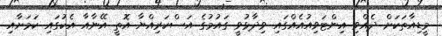
މީޑިއާތަކަށް ދެއްވި އިންޓަވިއުއެއްގައި ވިދާޅުވީ ގައުމުގެ އަސްކަރިއްޔާ އޮތީ އޭނާއާ އެކުގައި ކަމަށާއި